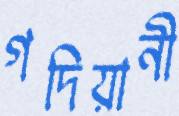
গদিয়ানী